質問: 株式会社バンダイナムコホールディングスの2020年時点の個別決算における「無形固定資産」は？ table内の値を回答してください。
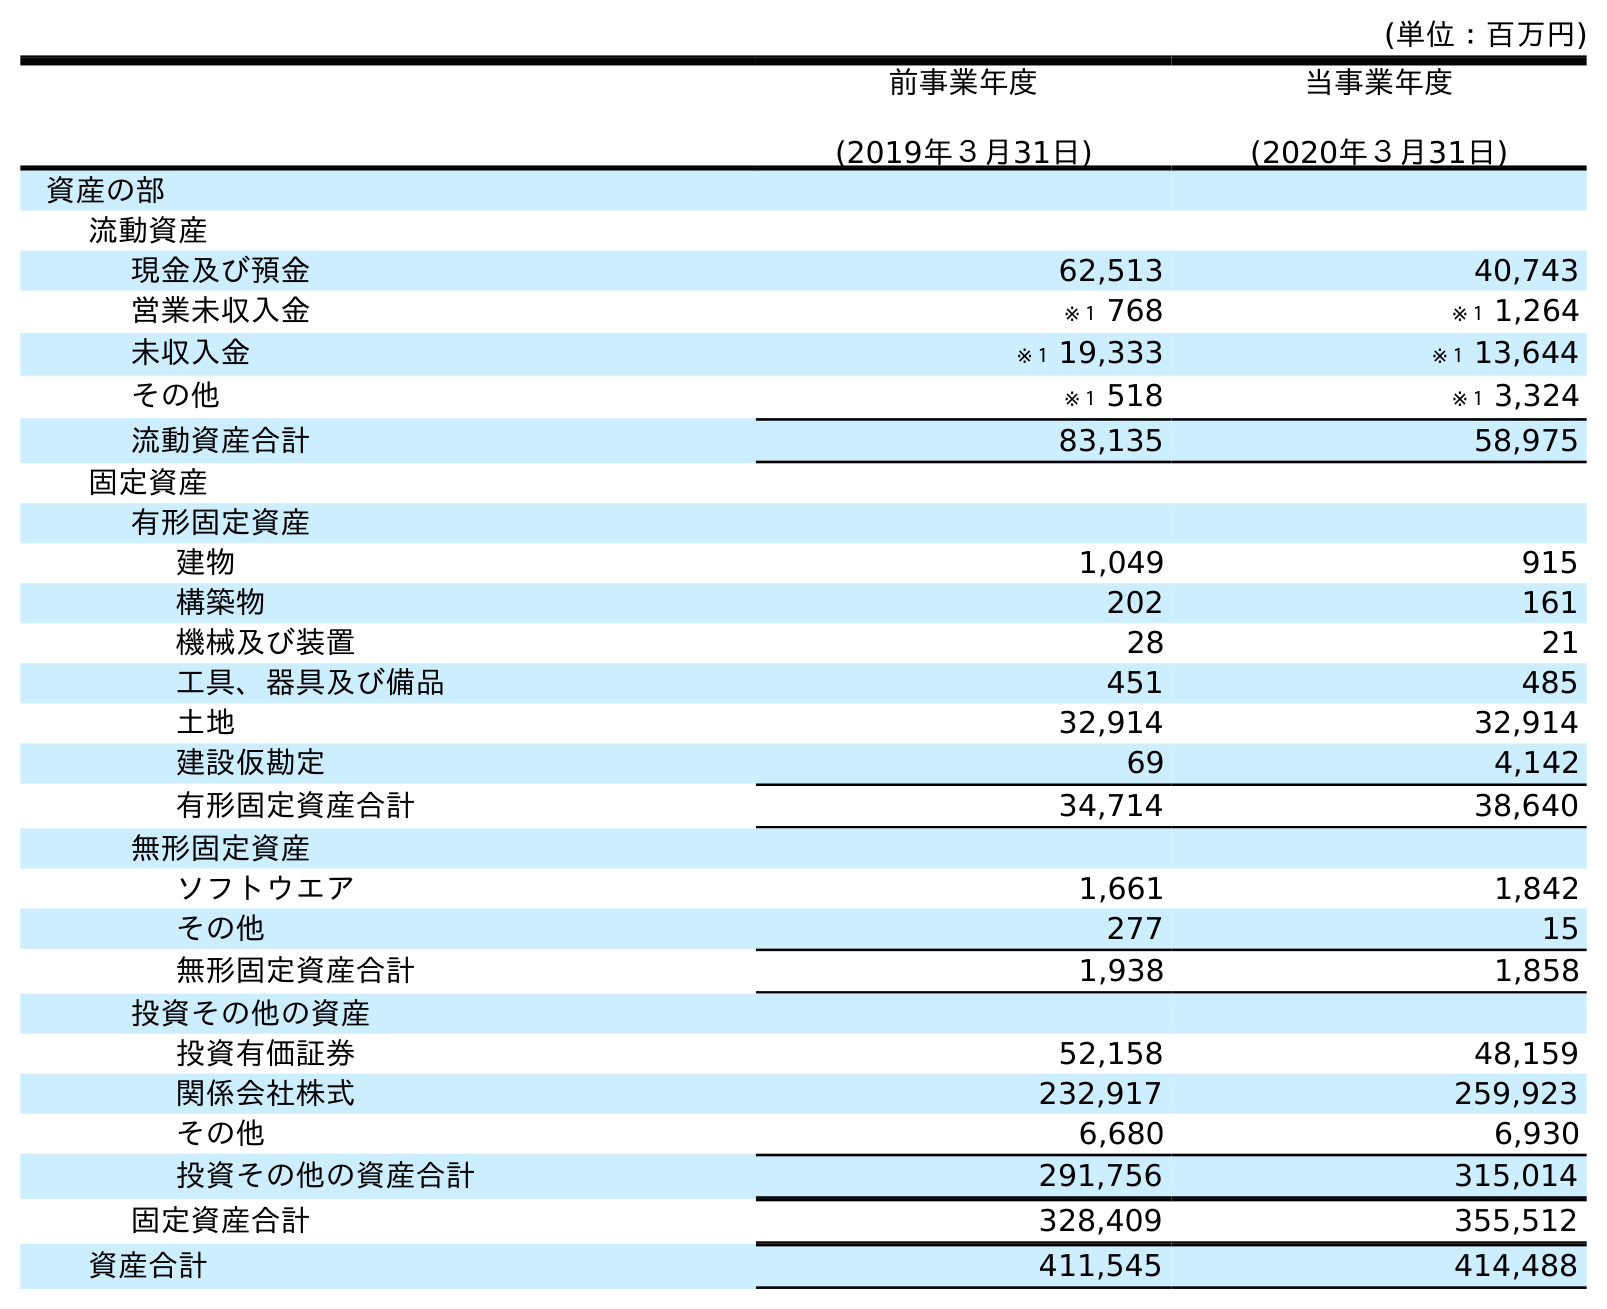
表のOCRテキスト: (単位：百万円) 前事業年度 (2019年３月31日) 当事業年度 (2020年３月31日) 資産の部 流動資産 現金及び預金 62,513 40,743 営業未収入金 ※１ 768 ※１ 1,264 未収入金 ※１ 19,333 ※１ 13,644 その他 ※１ 518 ※１ 3,324 流動資産合計 83,135 58,975 固定資産 有形固定資産 建物 1,049 915 構築物 202 161 機械及び装置 28 21 工具、器具及び備品 451 485 土地 32,914 32,914 建設仮勘定 69 4,142 有形固定資産合計 34,714 38,640 無形固定資産 ソフトウエア 1,661 1,842 その他 277 15 無形固定資産合計 1,938 1,858 投資その他の資産 投資有価証券 52,158 48,159 関係会社株式 232,917 259,923 その他 6,680 6,930 投資その他の資産合計 291,756 315,014 固定資産合計 328,409 355,512 資産合計 411,545 414,488
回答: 1,858